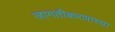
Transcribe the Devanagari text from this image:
जागतीकरणाच्या